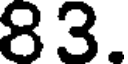
83.